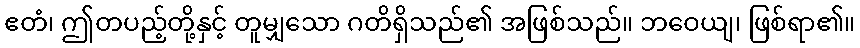
ဧတံ၊ ဤတပည့်တို့နှင့် တူမျှသော ဂတိရှိသည်၏ အဖြစ်သည်။ ဘဝေယျ၊ ဖြစ်ရာ၏။